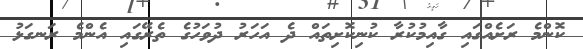
ކޮންމެ ރަށެއްގައި ގާއިމުކުރާ ކުނިކޮށިތައް ދެ އަހަރު ދުވަހުގެ ތެރޭގައި އެންމެ ރަނގަޅު